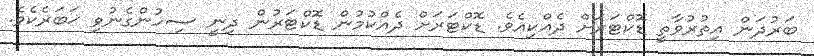
ބަރުދަން އިތުރުވާތީ ޑޮކްޓަރަށް ދެއްކިއެވެ. ޑޮކްޓަރަށް ދެއްކުމުން ޑޮކްޓަރުން ދިނީ ސިހުންގެނުވި ޚަބަރެކެވެ.